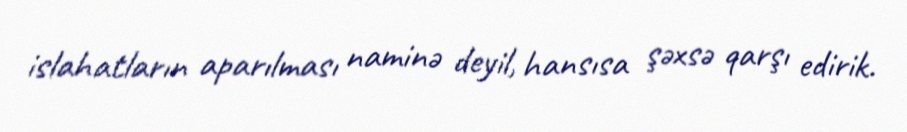
islahatların aparılması naminə deyil, hansısa şəxsə qarşı edirik.